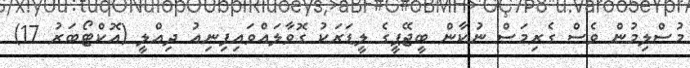
މުސްލިމުން ވެސް ގެރިމަސް ނުކާން ބީޖޭޕީގެ ލީޑަރަކު ގޮވާލައްވައިފިނިއު ދިއްލީ (އޮކްޓޯބަރު 17)